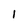
Character: l